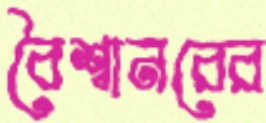
বৈশ্বানরের